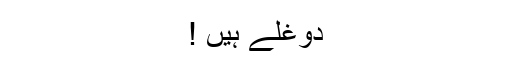
دوغلے ہیں !